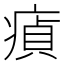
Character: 𤸘